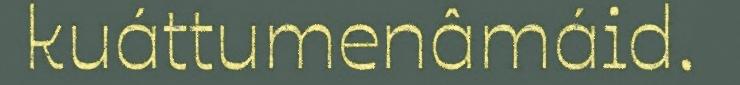
kuáttumenâmáid.